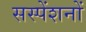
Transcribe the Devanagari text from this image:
सस्पेंशनों